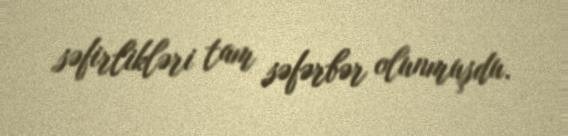
səfirlikləri tam səfərbər olunmuşdu.